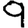
Digit: 9